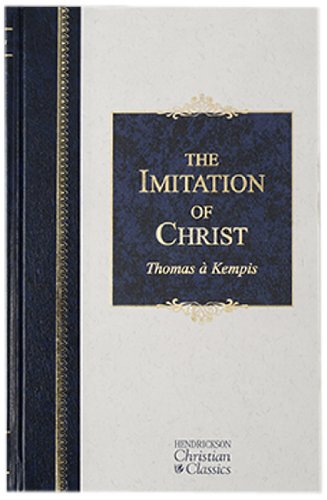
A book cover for The Imitation of Christ (Hendrickson Christian Classics); Thomas a Kempis; Christian Books & Bibles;